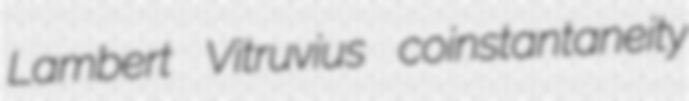
Lambert Vitruvius coinstantaneity